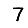
Digit: 7